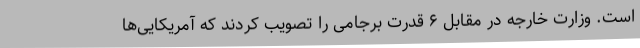
است. وزارت خارجه در مقابل ۶ قدرت برجامی را تصویب کردند که آمریکایی‌ها